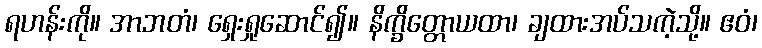
ရဟန်းကို။ အာဘတံ၊ ရှေးရှုဆောင်၍။ နိက္ခိတ္တောယထာ၊ ချထားအပ်သကဲ့သို့။ ဧဝံ၊